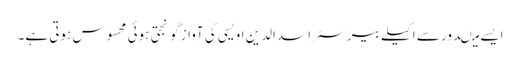
ایسے میںدور سے اکیلے بیرسٹر اسدالدین اویسی کی آواز گونجتی ہوئی محسوس ہوتی ہے۔